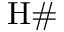
\mathrm { H \# }